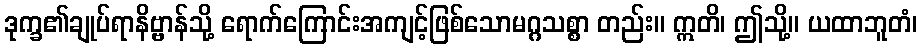
ဒုက္ခ၏ချုပ်ရာနိဗ္ဗာန်သို့ ရောက်ကြောင်းအကျင့်ဖြစ်သောမဂ္ဂသစ္စာ တည်း။ ဣတိ၊ ဤသို့။ ယထာဘူတံ၊